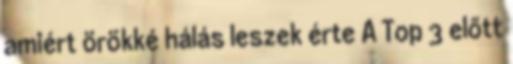
amiért örökké hálás leszek érte A Top 3 előtt